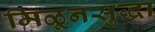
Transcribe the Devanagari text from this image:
मिळूनसुद्धा